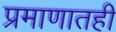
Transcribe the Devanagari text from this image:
प्रमाणातही